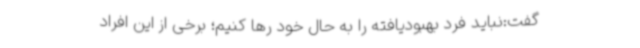
گفت:نباید فرد بهبودیافته را به حال خود رها کنیم؛ برخی از این افراد